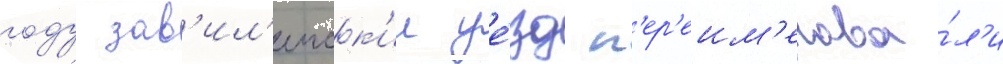
году зав'ил'еиск'ии уе́зд п'ер'еим'енова́л'и